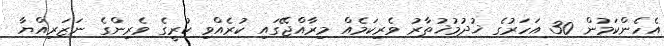
އެހެންކަމުން 30 އަހަރުގެ ޚުދުމުޚުތާރު ވެރިކަމެއް މިރާއްޖޭގައި ކުރެއްވި ކުރީގެ ވެރިންގެ ނަޒަރިއްޔާ